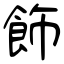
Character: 飾